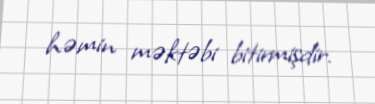
həmin məktəbi bitirmişdir.